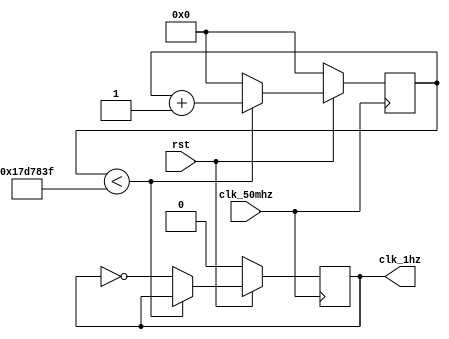
module f_d_50m_1(clk_50mhz,rst,clk_1hz);
input clk_50mhz,rst;
output clk_1hz;
reg clk_1hz;
reg[31:0]cntl;
parameter N = 50000000;
always @(posedge clk_50mhz)
if(!rst)
	begin
		cntl <= 1'b0;
		clk_1hz <= 1'b0;
	end
else
	if(cntl < N/2 -1)
		cntl <= cntl + 1'b1;
	else
		begin
			cntl<=1'b0;
			clk_1hz<= ~clk_1hz;
		end
endmodule